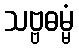
သဗ္ဗဓမ္မံ